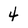
Character: 4